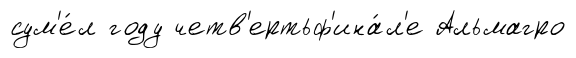
сум'е́л году четв'ертьф'ина́л'е Альмагро